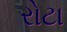
રોટા